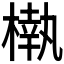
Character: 𣙀